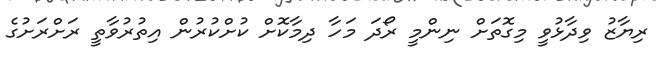
ރިޔާޒު ވިދާޅުވީ މިގޮތަށް ނިންމީ ރޯދަ މަހާ ދިމާކޮށް ކުށްކުރުން އިތުރުވާތީ ރަށްރަށުގެ